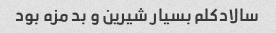
سالاد‌کلم بسیار شیرین و بد مزه بود